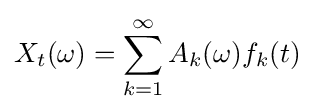
X_{t}(\omega )=\sum _{k=1}^{\infty }A_{k}(\omega )f_{k}(t)